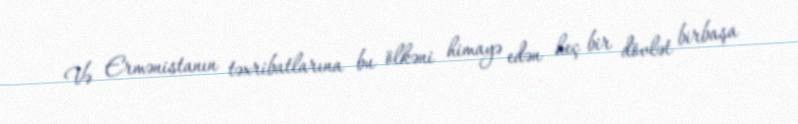
Və Ermənistanın təxribatlarına bu ölkəni himayə edən heç bir dövlət birbaşa